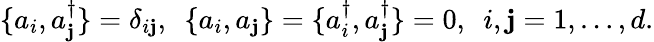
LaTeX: \{ a_{i},a_{\mathbf{j}}^{\dagger}\} =\delta_{i\mathbf{j}},~~\{ a_{i},a_{\mathbf{j}}\} =\{ a_{i}^{\dagger},a_{\mathbf{j}}^{\dagger}\} =0,~~i,\mathbf{j}=1,\ldots,d.